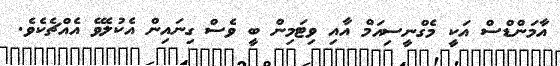
އާމަންޑްސް އަކީ މެގްނީސިއަމް އާއި ވިޓަމިން ބީ ވެސް ގިނައިން އެކުލެވޭ އެއްޗެކެވެ.